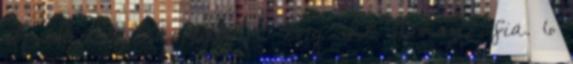
I. Harcos Károly 1 8 évig IX. Amadé fia. 6